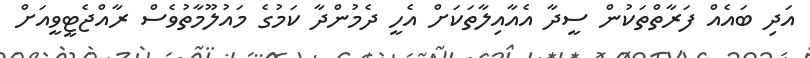
އަދި ބައެއް ފަރާތްތަކުން ސީދާ އެއާއިލާތަކަށް އެހީ ދެމުންދާ ކަމުގެ މައުލޫމާތުވެސް ރާއްޖެޓީވީއަށް